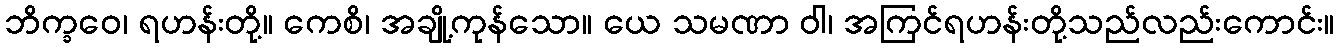
ဘိက္ခဝေ၊ ရဟန်းတို့။ ကေစိ၊ အချို့ကုန်သော။ ယေ သမဏာ ဝါ၊ အကြင်ရဟန်းတို့သည်လည်းကောင်း။